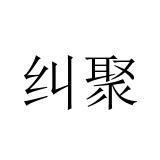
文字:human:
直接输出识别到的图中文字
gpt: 纠聚